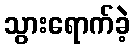
သွားရောက်ခဲ့